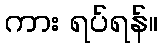
ကား ရပ်ရန်။